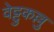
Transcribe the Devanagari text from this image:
वेट्टुकल्लु